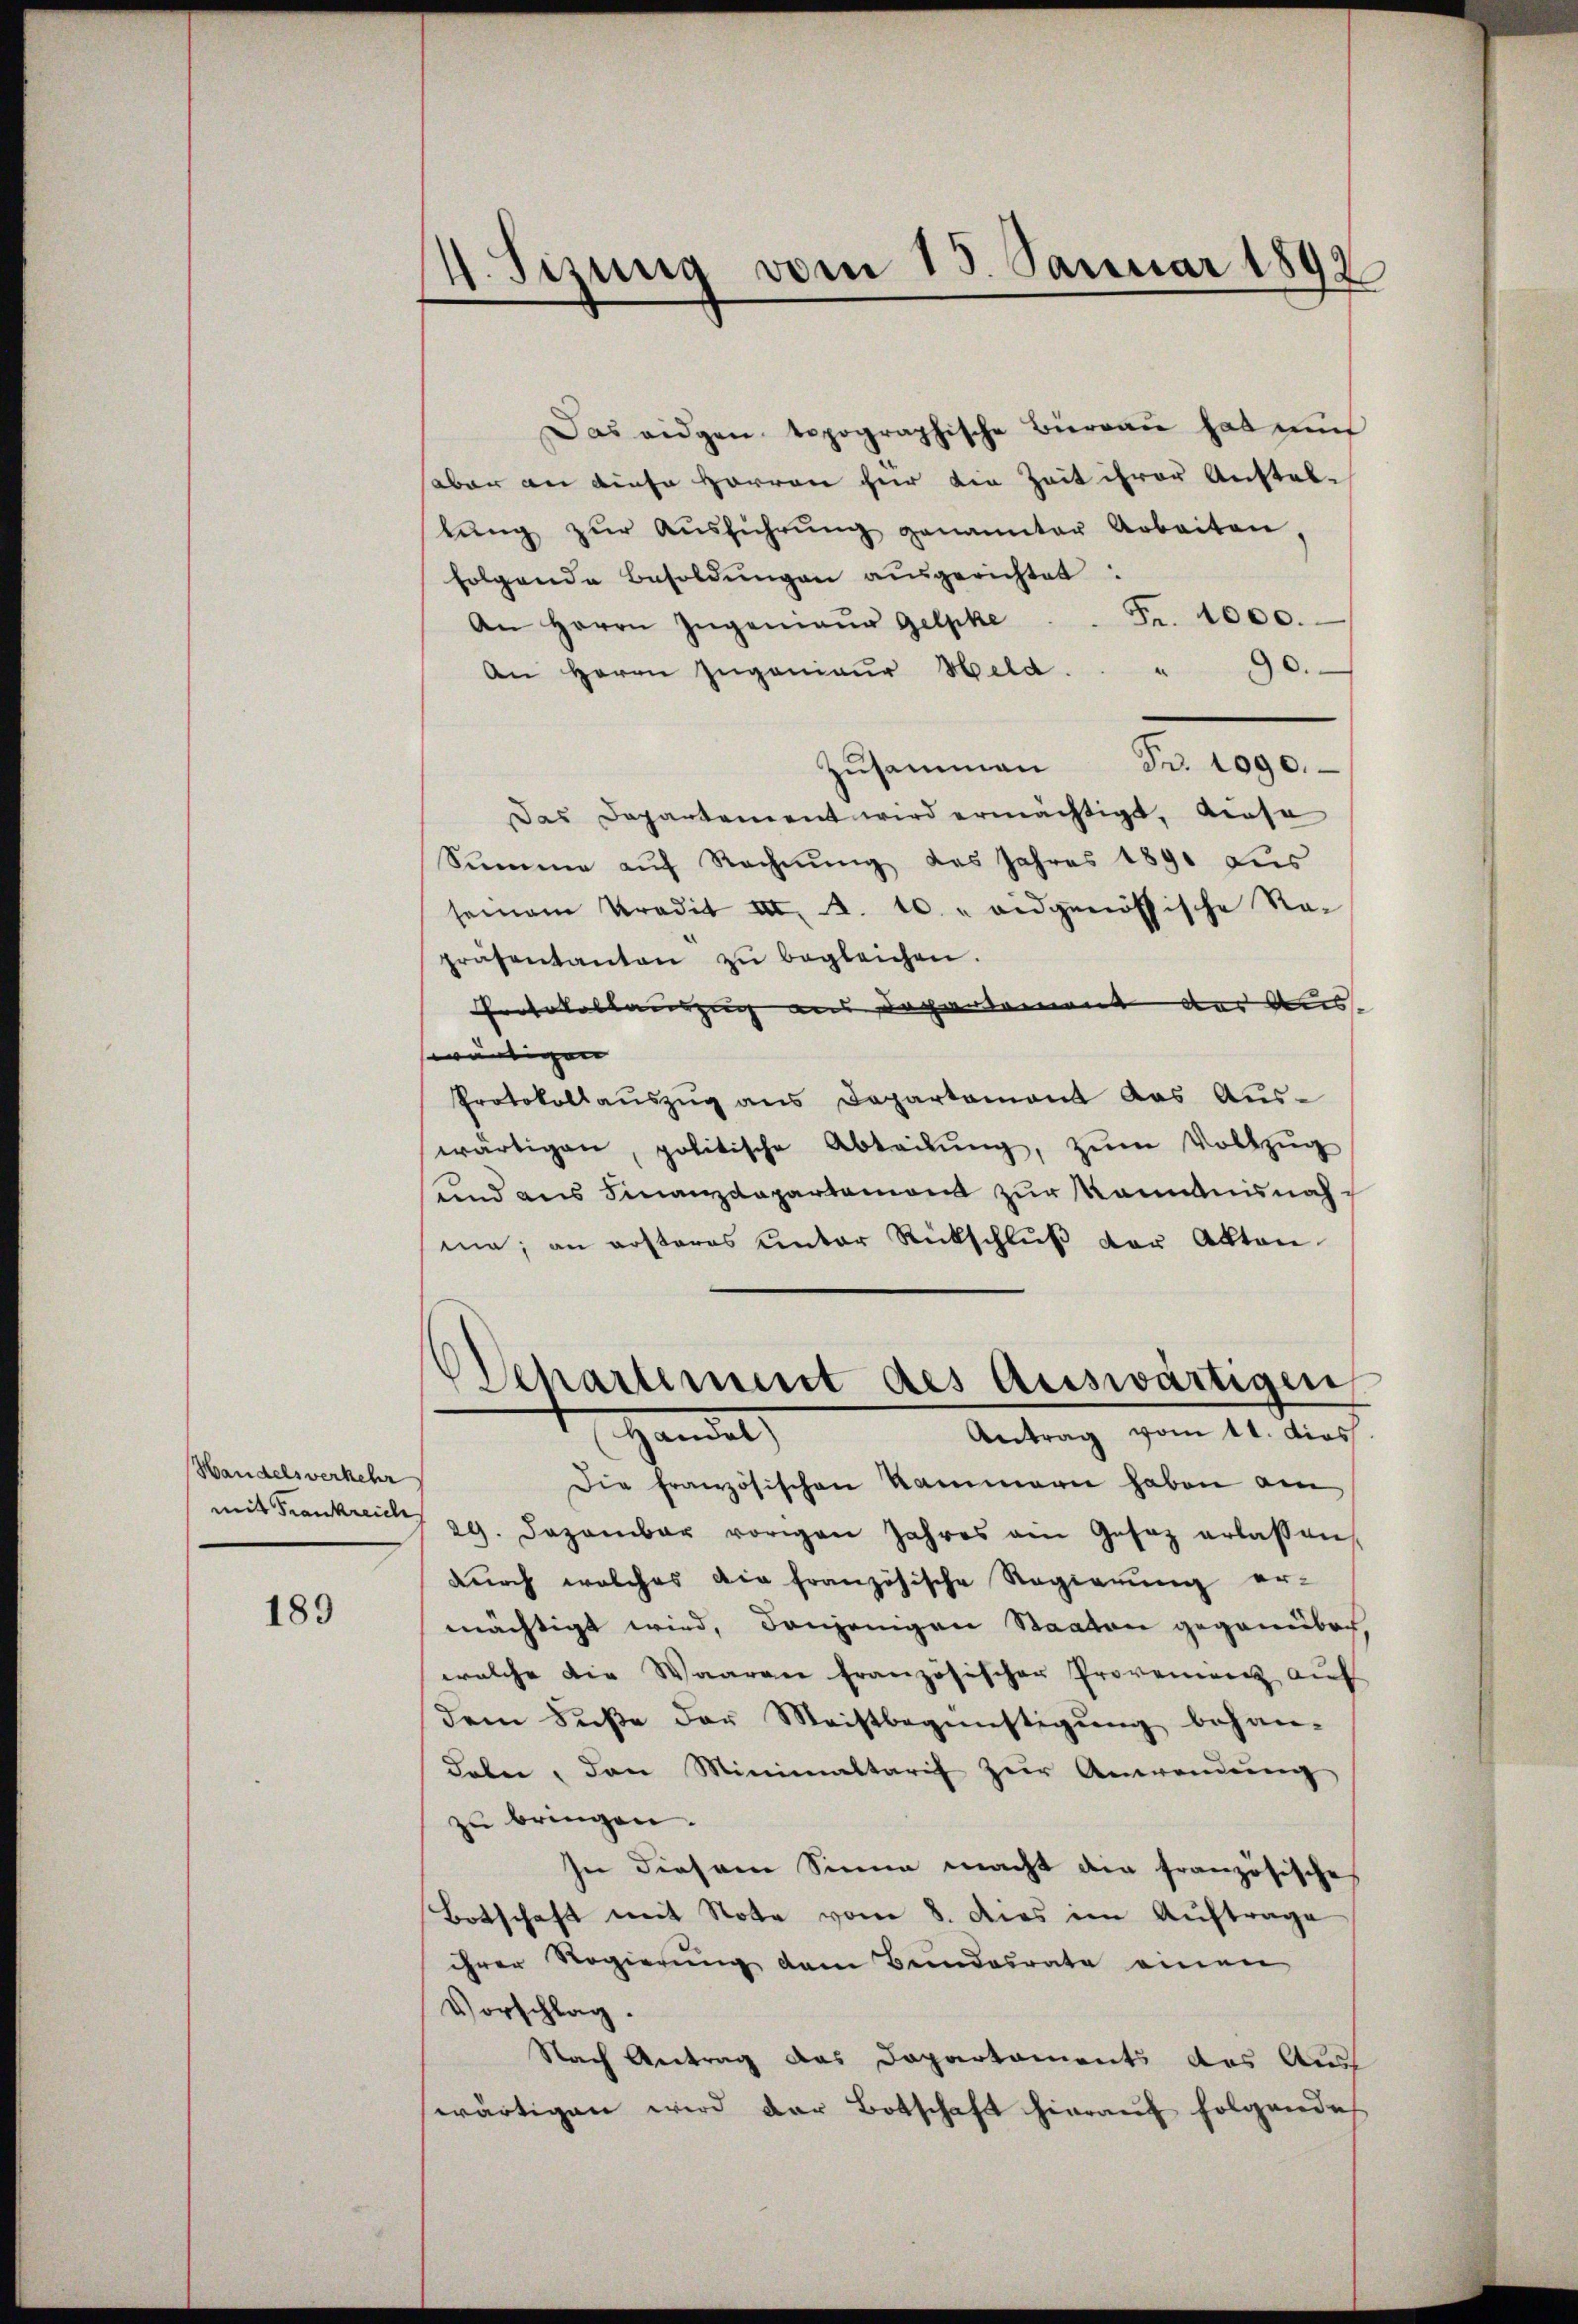
Handelsverkehr
mit Frankreich

189

4. Sizung vom 15. Januar 1892

Das eidgen topographische Büreau hat nu
aber an diese Herren für die Zeit ihrer Anstelbŭng zŭr Aŭsführŭng genannter Arbeiten,
folgende Besoldŭngen ausgerichtet:
Fr. 1000.
An Herrn Zugenmaur Gelpke
An Herrn Ingenieŭr Held. . " 90.
Fr. 1090.
Zusammen
Das Departement wird ermächtigt, diese
Summe aŭf Rechnŭng des Jahres 1891 aus
seinem Kredit u. A. 10. eidgenössische Re-
präsentanten zŭ begleichen.
Protokollauszug aus Departement das Auss
swärtigen |
Protokollauszug aus Departement das Auswärtigen, politische Abteilŭng, zŭm Vollzŭg
und aus Finanzdepartemont zur Manntnisnahma, an ersteres unter Rückschlŭβ vor Akten
Departement des Auswärtigen,
Antrag vom 11. dies
Handel
Die französischen Kammern haben am
29. Dezember vorigen Jahres ein Gesez erlassen
durch welches die französische Regierŭng er-
mächtigt wird, denjenigen Staaten gegenüber,
welche die Waaren französischer Provenienz aŭf
dem Fuße der Meistbegünstigung behan-
Leben, den Minimaltarif zur Anwendung
zu bringen.
In diesem Sinne macht der französische
Botschaft mit Note vom 8. dies im Aŭftrage
ihrer Regierung dem Bundesrate einen
Vorschlag.
Nach Antrag das Departaments des Ausf
wärtigen wird der Botschaft hierauf folgendes